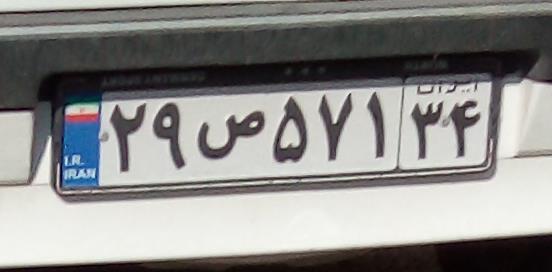
۲۹ص۵۷۱۳۴